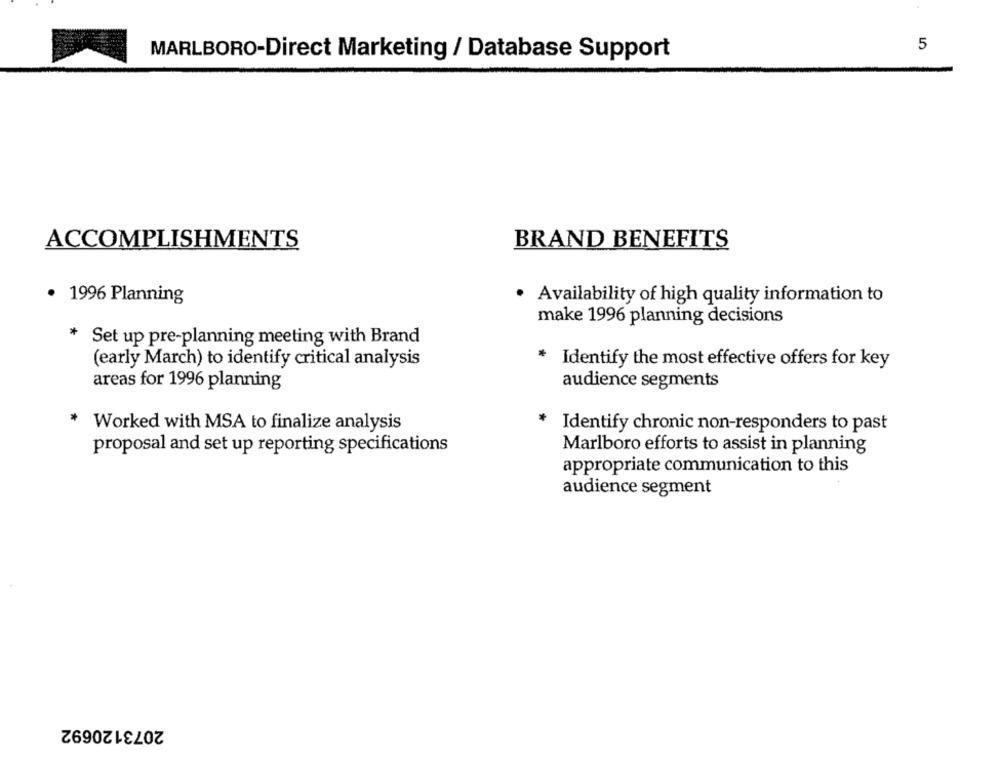
5
MARLBORO-Direct Marketing / Database Support
ACCOMPLISHMENTS
BRAND BENEFITS
· 1996 Planning
· Availability of high quality information to
make 1996 planning decisions
* Set up pre-planning meeting with Brand
(early March) to identify critical analysis
Identify the most effective offers for key
areas for 1996 planning
audience segments
*
Worked with MSA to finalize analysis
Identify chronic non-responders to past
proposal and set up reporting specifications
Marlboro efforts to assist in planning
appropriate communication to this
audience segment
2073120692